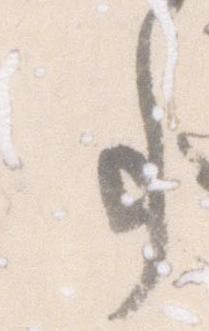
事